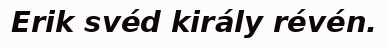
Erik svéd király révén.